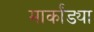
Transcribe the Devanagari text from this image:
मार्कांड्या